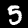
Label: 5